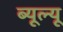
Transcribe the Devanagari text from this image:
ब्यूल्यू